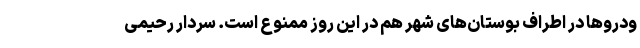
ودرو‌ها در اطراف بوستان‌های شهر هم در این روز ممنوع است. سردار رحیمی